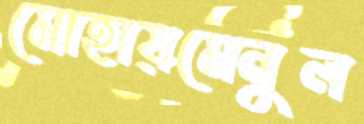
মোহায়মেনুল